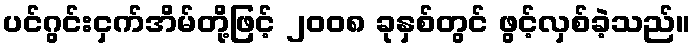
ပင်ဂွင်းငှက်အိမ်တို့ဖြင့် ၂၀၀၈ ခုနှစ်တွင် ဖွင့်လှစ်ခဲ့သည်။